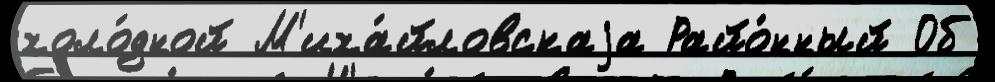
холо́дной М'иха́йловскаjа Райо́нный Об